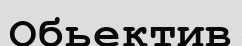
Обьектив